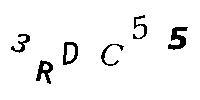
3RDC55